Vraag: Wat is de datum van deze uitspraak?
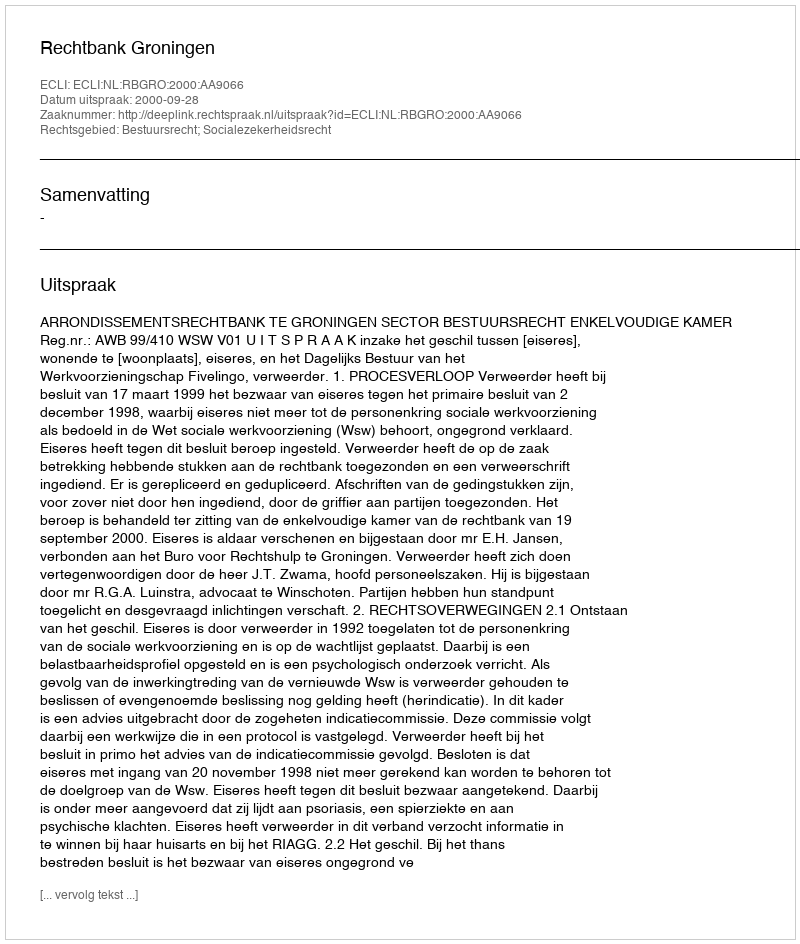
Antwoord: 2000-09-28